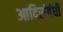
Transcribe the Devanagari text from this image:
आदिसंबंधी